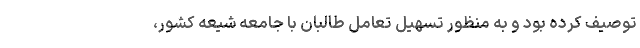
توصیف کرده بود و به منظور تسهیل تعامل طالبان با جامعه شیعه کشور،